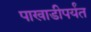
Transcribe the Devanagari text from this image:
पाखाडीपर्यंत